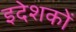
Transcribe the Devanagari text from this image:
इदेशकों